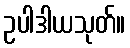
ဥပါဒါယသုတ်။